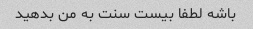
باشه لطفا بیست سنت به من بدهید